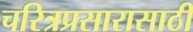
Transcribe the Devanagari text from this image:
चरित्रप्रसारासाठी